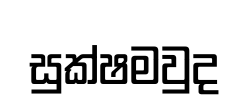
සුක්ෂමවුද